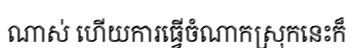
ណាស់ ហើយការធ្វើចំណាកស្រុកនេះក៏